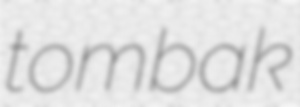
tombak